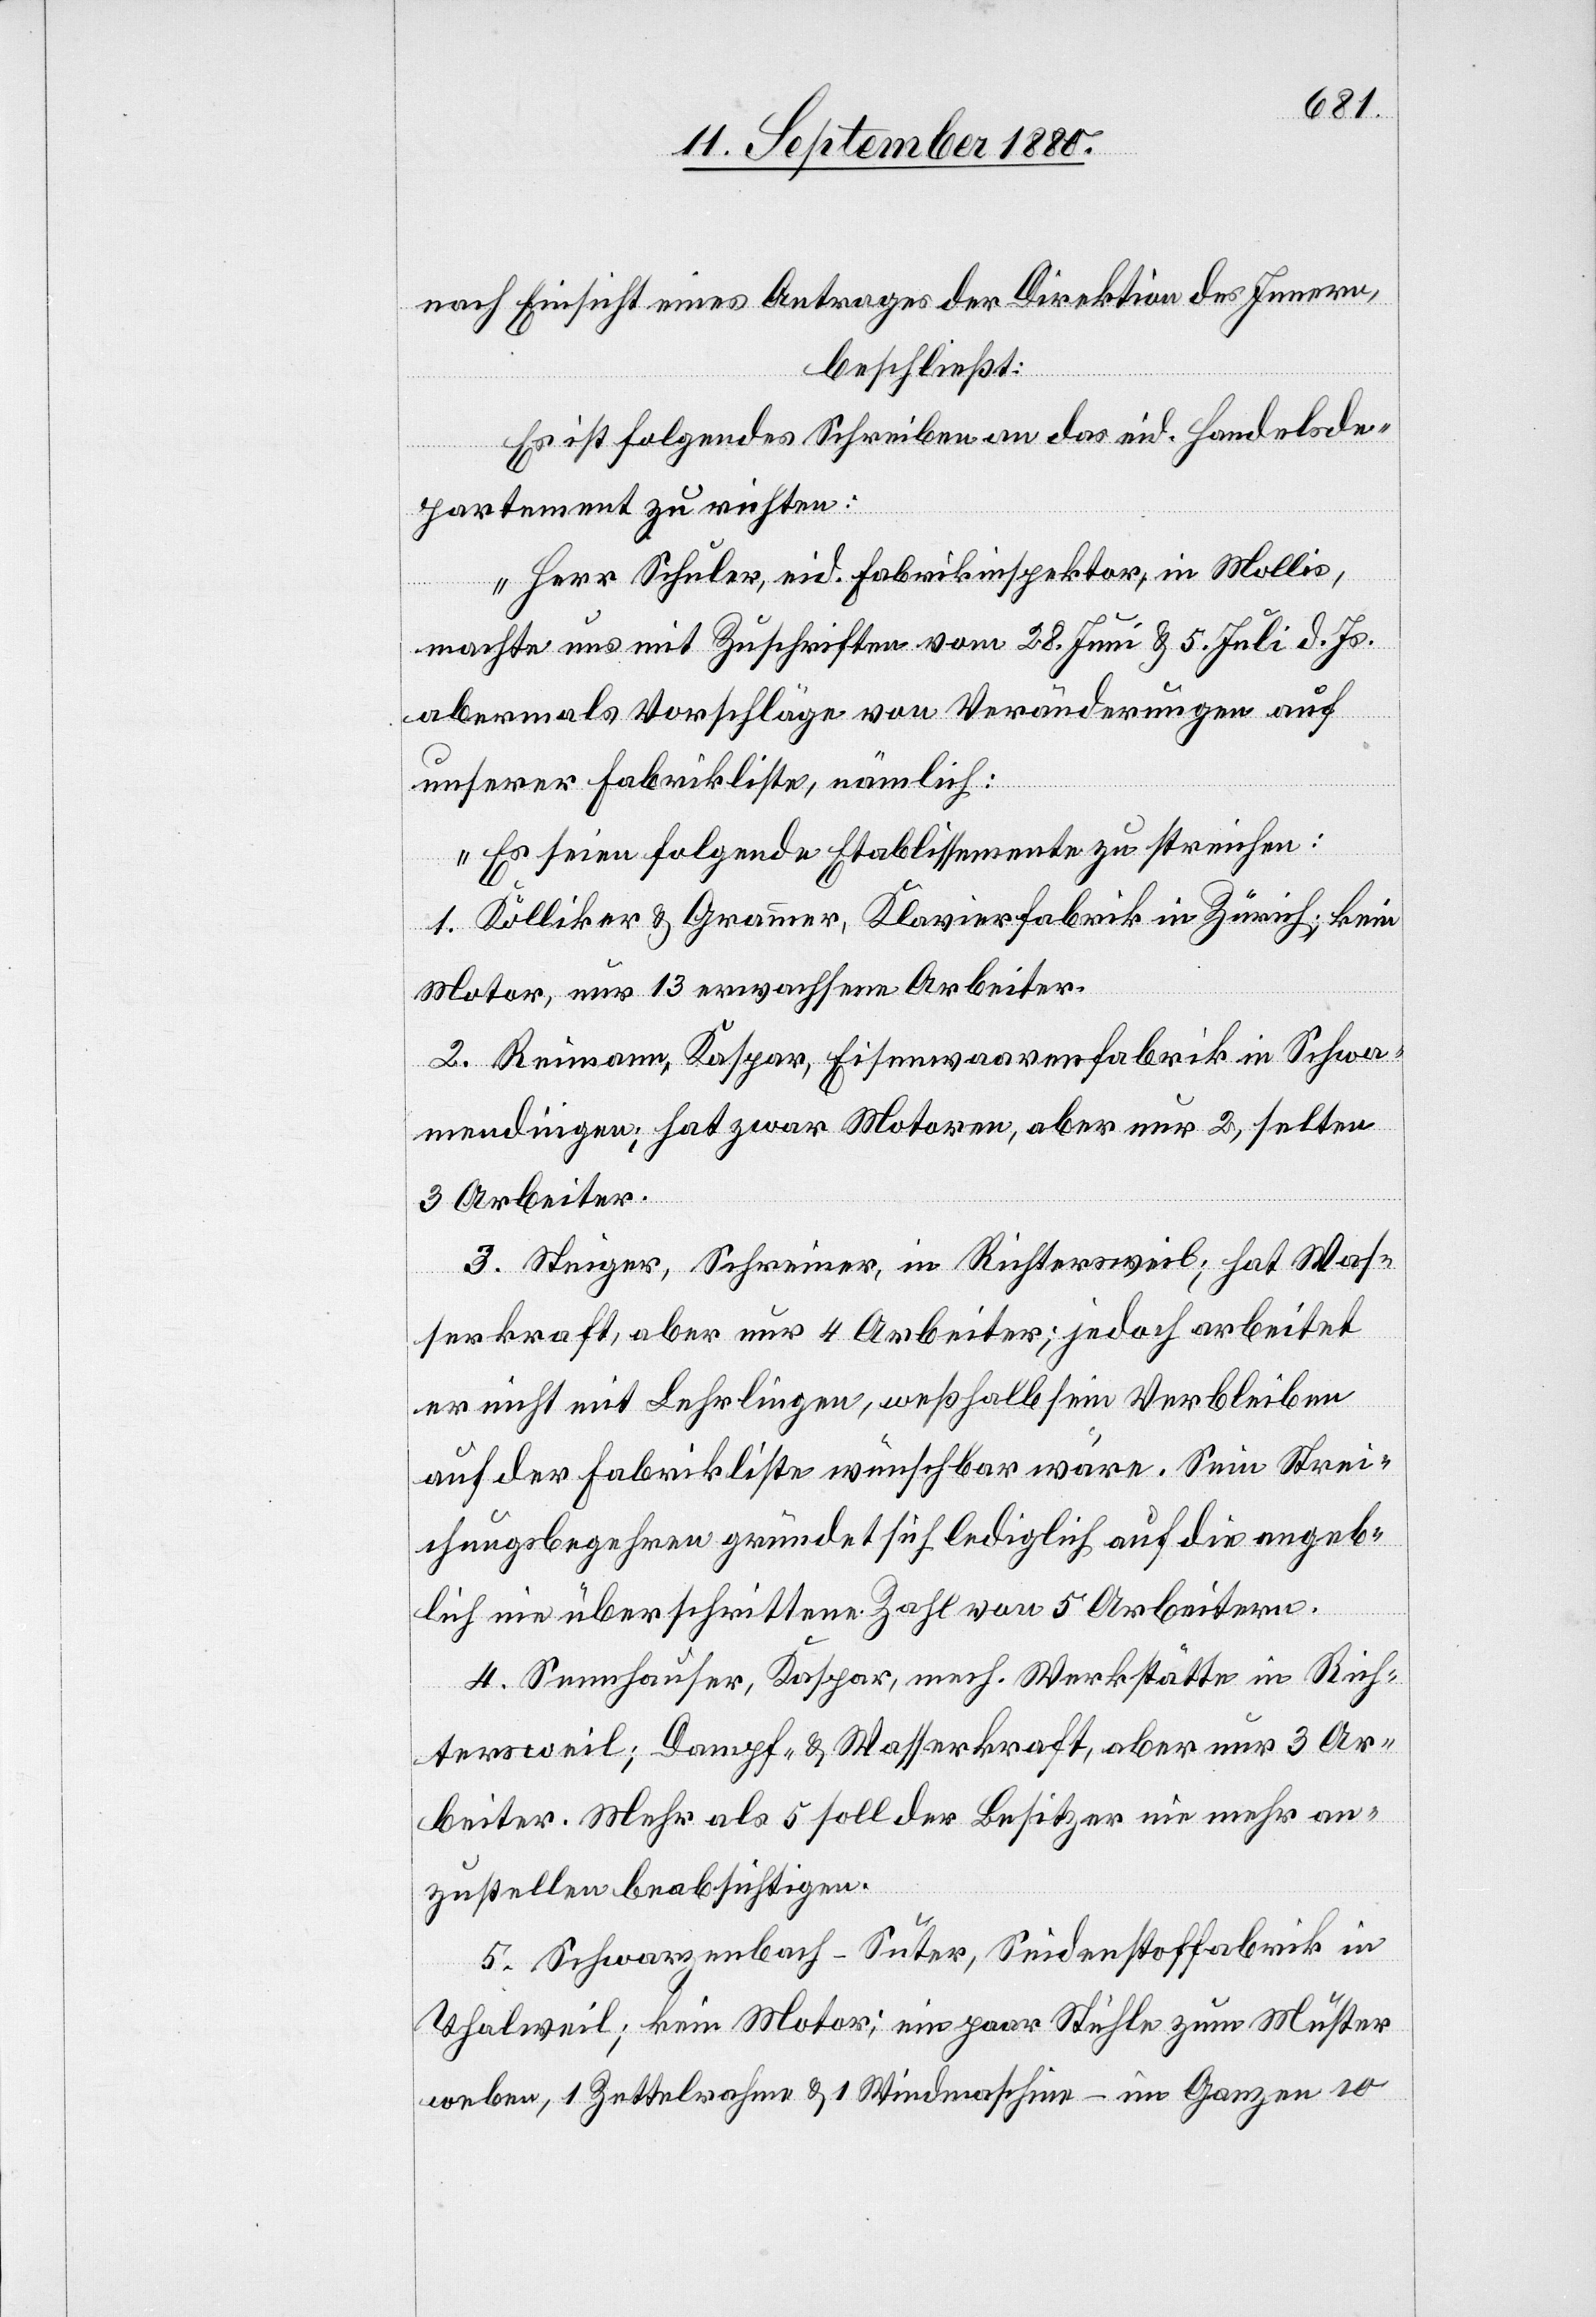
nach Einsicht eines Antrages der Direktion des Innern,
beschließt:
Es ist folgendes Schreiben an das eid. Handelsde¬
partement zu richten:
„Herr Schuler, eid. Fabrikinspektor, in Mollis,
machte uns mit Zuschriften vom 28. Juni & 5. Juli d. Js.
abermals Vorschläge von Veränderungen auf
unserer Fabrikliste, nämlich:
Es seien folgende Etablissemente zu streichen:
1. Kölliker & Grammer, Klavierfabrik in Zürich; kein
Motor, nur 13 erwachsene Arbeiter.
2. Reimann, Kaspar, Eisenwaarenfabrik in Schwa¬
mmendingen; hat zwar Motoren, aber nur 2, selten
3 Arbeiter.
3. Steiger, Schreiner, in Richtersweil; hat Was¬
serkraft, aber nur 4 Arbeiter; jedoch arbeitet
er nicht mit Lehrlingen, weßhalb sein Verbleiben
auf der Fabrikliste wünschbar wäre. Sein Strei¬
chungsbegehren gründet sich lediglich auf die angeb¬
lich nie überschrittene Zahl von 5 Arbeitern.
4. Sennhauser, Kaspar, mech. Werkstätte in Rich¬
tersweil; Dampf- & Wasserkraft, aber nur 3 Ar¬
beiter. Mehr als 5 soll der Besitzer nie mehr an¬
zustellen beabsichtigen.
5. Schwarzenbach-Suter, Seidenstofffabrik in
Thalweil; kein Motor; ein paar Stühle zum Muster
weben, 1 Zettelrahmen & 1 Windmaschine – im Ganzen 10